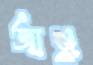
আঞ্জু